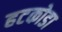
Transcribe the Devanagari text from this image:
हटकोडा